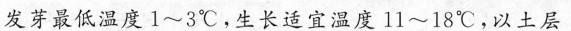
发芽最低温度1~3℃，生长适宜温度11~18℃，以土层